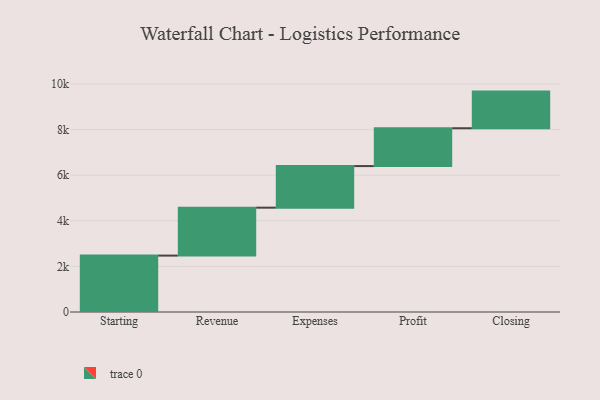
{"axis": {"x": "Step", "y": "Value"}, "legend": [""], "data": [{"x": "Starting", "y": 2474.0, "type": ""}, {"x": "Revenue", "y": 2102.0, "type": ""}, {"x": "Expenses", "y": 1824.0, "type": ""}, {"x": "Profit", "y": 1660.0, "type": ""}, {"x": "Closing", "y": 1607.0, "type": ""}]}